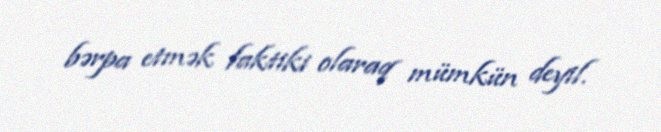
bərpa etmək faktiki olaraq mümkün deyil.